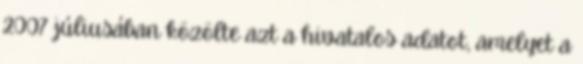
2007 júliusában közölte azt a hivatalos adatot, amelyet a